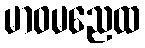
မာဝမညေထ